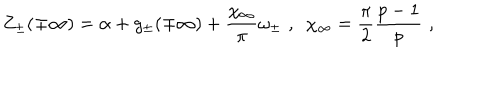
Z _ { \pm } ( \mp \infty ) = \alpha + g _ { \pm } ( \mp \infty ) + \displaystyle \frac { \chi _ { \infty } } { \pi } \omega _ { \pm } \, \, , \, \, \, \chi _ { \infty } = \displaystyle \frac { \pi } { 2 } \displaystyle \frac { p - 1 } { p } \, \, ,